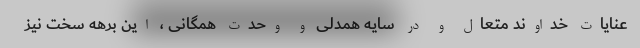
عنایات خداوند متعال و در سایه همدلی و وحدت همگانی ، این برهه سخت نیز